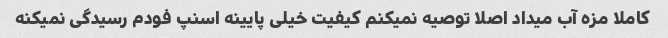
کاملا مزه آب میداد اصلا توصیه نمیکنم کیفیت خیلی پایینه اسنپ فودم رسیدگی نمیکنه